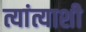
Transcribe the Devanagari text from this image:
त्यांत्याशी